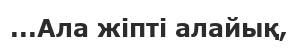
...Ала жiптi алайық,